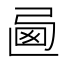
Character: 𢏩